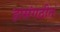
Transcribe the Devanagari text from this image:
हासंगठीत